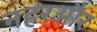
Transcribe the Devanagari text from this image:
नहरऔर